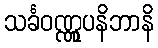
သင်္ခဝဏ္ဏူပနိဘာနိ